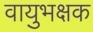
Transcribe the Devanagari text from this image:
वायुभक्षक